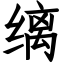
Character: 缡